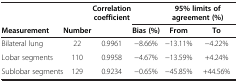
|  |  | Correlation coefficient |  | <COLSPAN=2> 95% limits of agreement (%) |
 | Measurement | Number |  | Bias (%) | From | To |
 | --- | --- | --- | --- | --- | --- |
 | Bilateral lung | 22 | 0.9961 | −8.66% | −13.11% | −4.22% |
 | Lobar segments | 110 | 0.9958 | −4.67% | −13.59% | +4.24% |
 | Sublobar segments | 129 | 0.9234 | −0.65% | −45.85% | +44.56% |